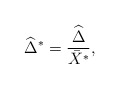
\begin{align*} \widehat{\Delta}^*=\frac{\widehat{\Delta}}{\bar{X}^*},\end{align*}